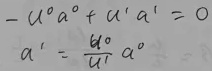
\begin{align*}
- u^0 a^0 + u^1 a^1 &= 0 \\
a^1 &= \frac{u^0}{u^1} a^0
\end{align*}